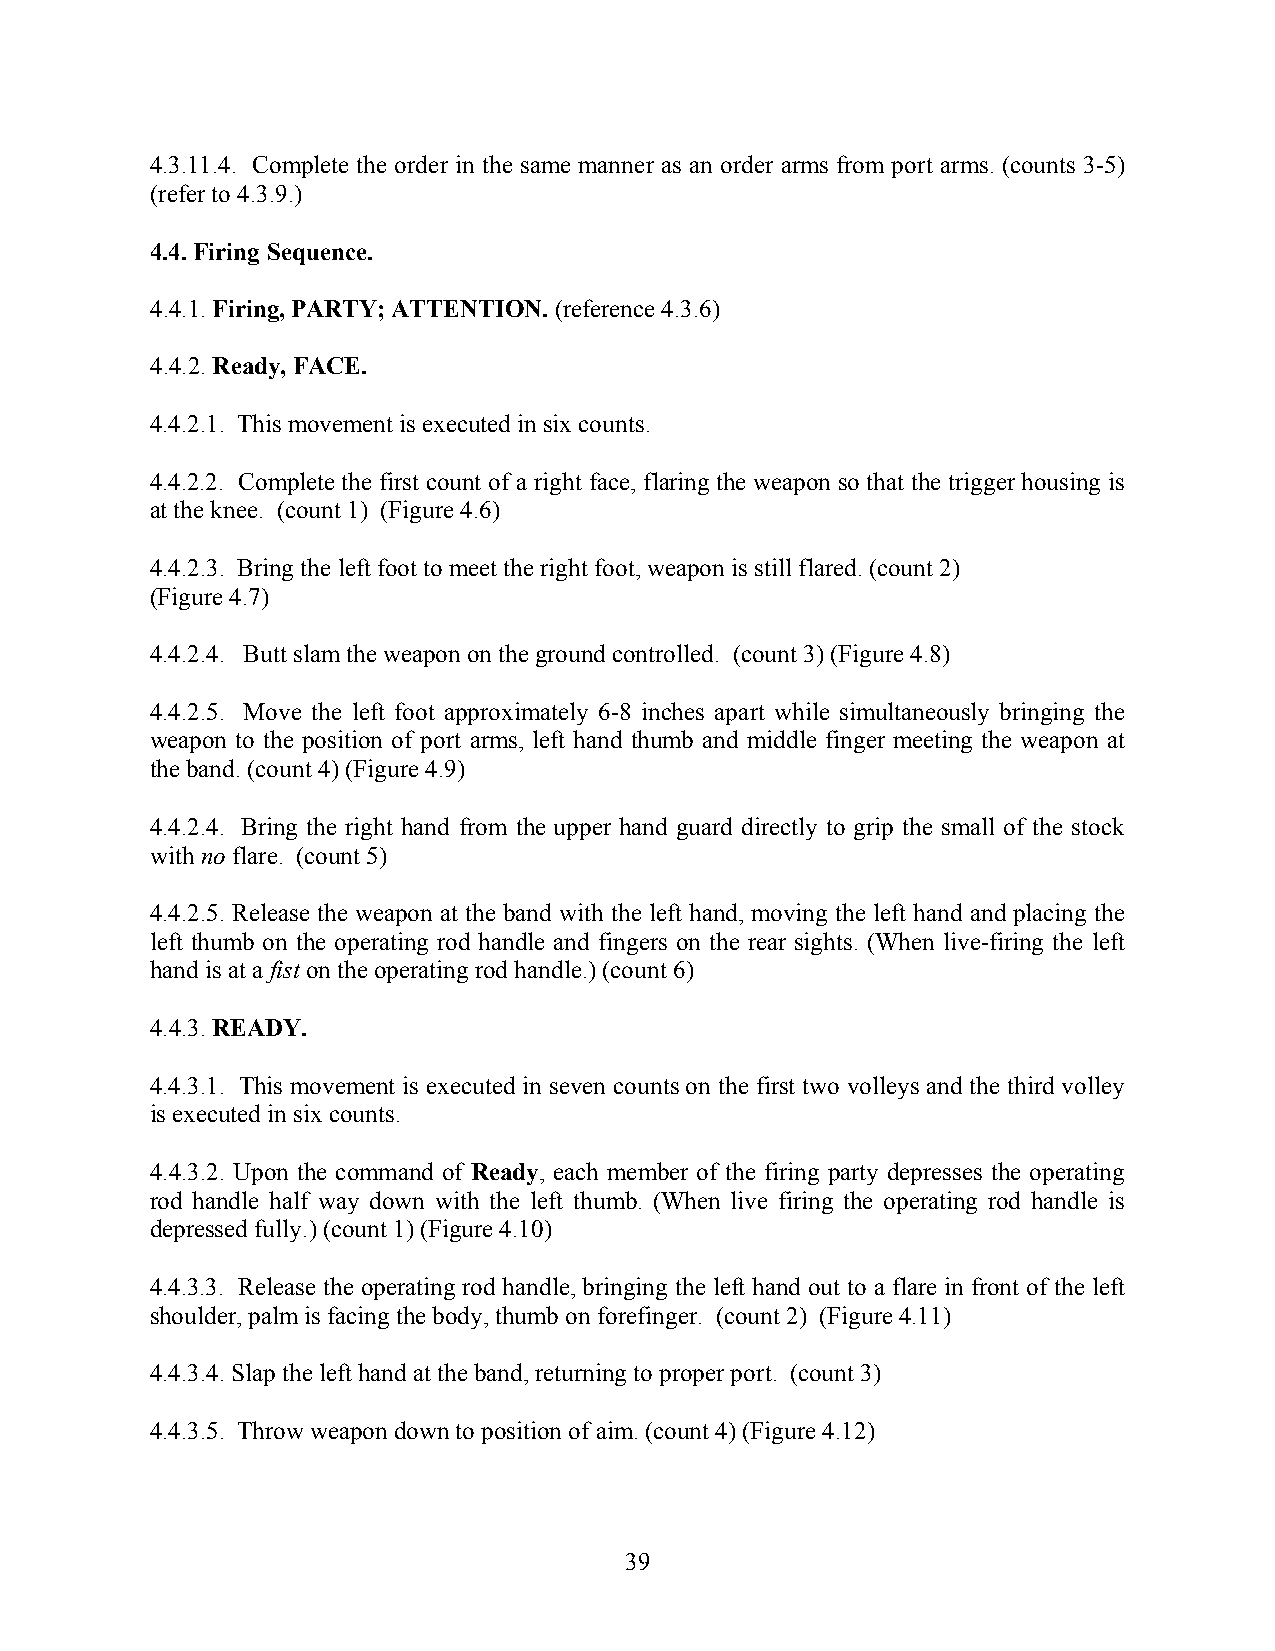
4.3.11.4. Complete the order in the same manner as an order arms from port arms. (counts 3-5)
 (refer to 4.3.9.)
 4.4. Firing Sequence.
 4.4.1. Firing, PARTY; ATTENTION. (reference 4.3.6)
 4.4.2. Ready, FACE.
 4.4.2.1. This movement is executed in six counts.
 4.4.2.2. Complete the first count of a right face, flaring the weapon so that the trigger housing is
 at the knee. (count 1) (Figure 4.6)
 4.4.2.3. Bring the left foot to meet the right foot, weapon is still flared. (count 2)
 (Figure 4.7)
 4.4.2.4. Butt slam the weapon on the ground controlled. (count 3) (Figure 4.8)
 4.4.2.5. Move the left foot approximately 6-8 inches apart while simultaneously bringing the
 weapon to the position of port arms, left hand thumb and middle finger meeting the weapon at
 the band. (count 4) (Figure 4.9)
 4.4.2.4. Bring the right hand from the upper hand guard directly to grip the small of the stock
 with no flare. (count 5)
 4.4.2.5. Release the weapon at the band with the left hand, moving the left hand and placing the
 left thumb on the operating rod handle and fingers on the rear sights. (When live-firing the left
 hand is at a fist on the operating rod handle.) (count 6)
 4.4.3. READY.
 4.4.3.1. This movement is executed in seven counts on the first two volleys and the third volley
 is executed in six counts.
 4.4.3.2. Upon the command of Ready, each member of the firing party depresses the operating
 rod handle half way down with the left thumb. (When live firing the operating rod handle is
 depressed fully.) (count 1) (Figure 4.10)
 4.4.3.3. Release the operating rod handle, bringing the left hand out to a flare in front of the left
 shoulder, palm is facing the body, thumb on forefinger. (count 2) (Figure 4.11)
 4.4.3.4. Slap the left hand at the band, returning to proper port. (count 3)
 4.4.3.5. Throw weapon down to position of aim. (count 4) (Figure 4.12)
 39